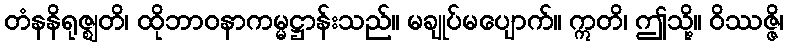
တံနနိရုဇ္ဈတိ၊ ထိုဘာဝနာကမ္မဋ္ဌာန်းသည်။ မချုပ်မပျောက်။ ဣတိ၊ ဤသို့။ ဝိဿဇ္ဇိ၊